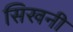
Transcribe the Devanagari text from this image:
सिखनी